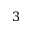
3